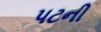
પટની